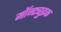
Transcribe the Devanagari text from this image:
मॉन्ट्युइक